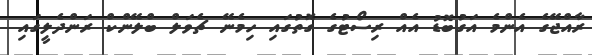
ރާއްޖޭގެ އެންމެ އަގުބޮޑު އެއް ރިސޯޓުގެ ގޮތުގައި ހިމެނޭ ޗެވަލް ބްލޭންކް ރަންދެލީގައި